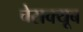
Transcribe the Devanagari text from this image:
चेसक्यूब